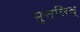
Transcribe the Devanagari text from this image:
मुत्तलिब्